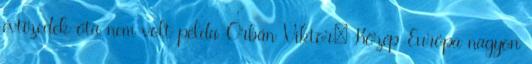
évtizedek óta nem volt példa Orbán Viktor: Közép-Európa nagyon